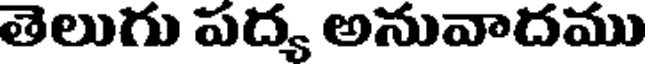
తెలుగు పద్య అనువాదము